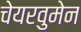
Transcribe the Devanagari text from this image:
चेयरवुमेन